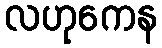
လဟုကေန